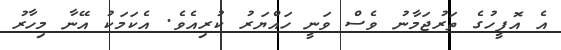
އެ އޮފީހުގެ ތަރުޖަމާނު ވެސް ވަނީ ހައްޔަރު ކުރިއެވެ. އެކަމަކު އޭނާ މިހާރު